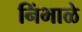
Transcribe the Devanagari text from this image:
निंभाळे